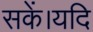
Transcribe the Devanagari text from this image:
सकें।यदि